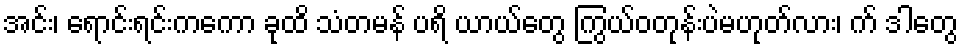
အင်း၊ ရောင်းရင်းကကော ခုထိ သံတမန် ပရိ ယာယ်တွေ ကြွယ်ဝတုန်းပဲမဟုတ်လား၊ က် ဒါတွေ